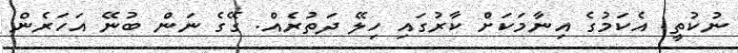
ނުކުތީ. އެކަމުގެ އިނާމަކަށް ކާރުގައި ހިލޭ ދަތުރެއް. ގޭގެ ނަން ބުނޭ އަހަރެން